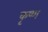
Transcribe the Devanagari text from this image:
कृष्‍ण्‍ा